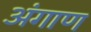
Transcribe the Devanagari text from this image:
अंगाण